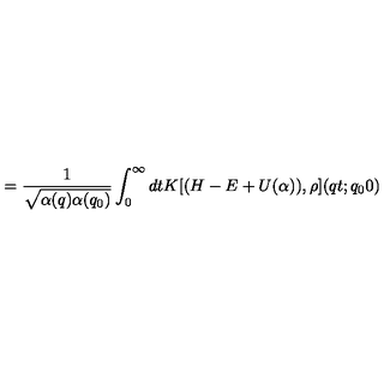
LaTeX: = \frac { 1 } { \sqrt { \alpha ( q ) \alpha ( q _ { 0 } ) } } \int _ { 0 } ^ { \infty } d t K [ ( H - E + U ( \alpha ) ) , \rho ] ( q t ; q _ { 0 } 0 )